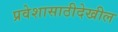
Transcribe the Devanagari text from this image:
प्रवेशासाठीदेखील